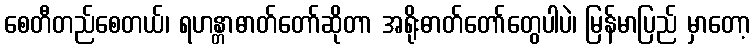
စေတီတည်စေတယ်၊ ရဟန္တာဓာတ်တော်ဆိုတာ အရိုးဓာတ်တော်တွေပါပဲ၊ မြန်မာပြည် မှာတော့